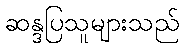
ဆန္ဒပြသူများသည်